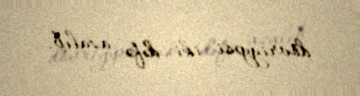
dövriyyəsi iki dəfə azalıb.